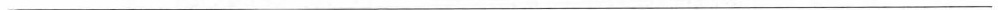
___